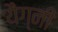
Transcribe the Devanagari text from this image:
यैग्नी